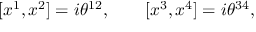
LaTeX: \lbrack x ^ { 1 } , x ^ { 2 } ] = i \theta ^ { 1 2 } , \qquad \lbrack x ^ { 3 } , x ^ { 4 } ] = i \theta ^ { 3 4 } ,